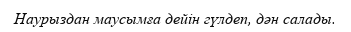
Наурыздан маусымға дейін гүлдеп, дән салады.